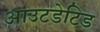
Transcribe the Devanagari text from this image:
आउटडेटिड